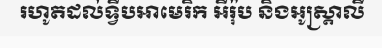
រហូតដល់ទ្វីបអាមេរិក អឺរ៉ុប និងអូស្ត្រាលី